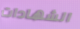
الشهادات